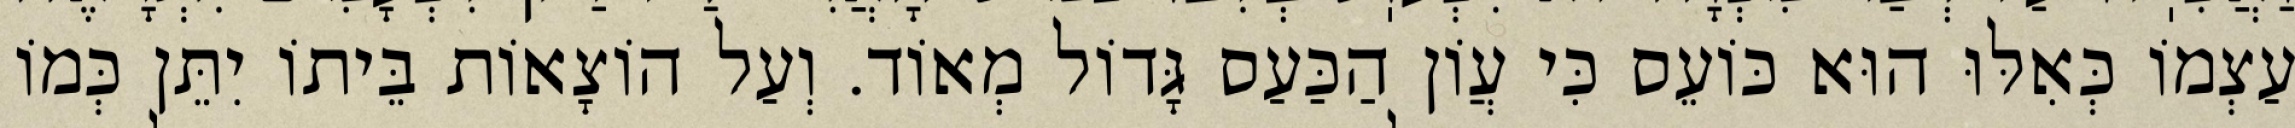
עַצְמוֹ כְּאִלּוּ הוּא כּוֹעֵס כִּי עֲוֹן הַכַּעַס גָּדוֹל מְאוֹד. וְעַל הוֹצָאוֹת בֵּיתוֹ יִתֵּן כְּמוֹ